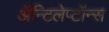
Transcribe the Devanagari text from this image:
ॲन्टिलेप्टॉन्स